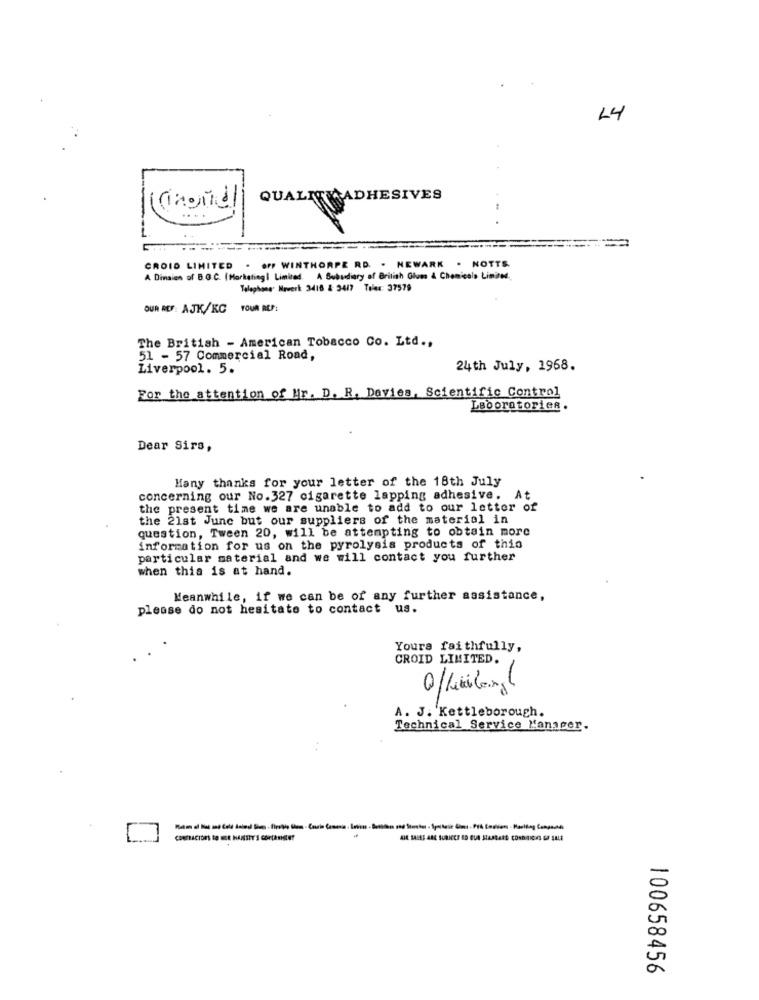
14
QUALITY ADHESIVES
-
OFF WINTHORPE RD. . NEWARK . NOTTS.
CROID LIMITED .
A Dinaien of B.G.C. (Marketing| Limited, A Subsidiary of British Glum & Chemicals Limited.
Telephone. Haverk 3418 & 3417 Tolex: 37579
OUR REF: AJK/KG TOUR REF:
The British - American Tobacco Co. Ltd .,
51 - 57 Commercial Road,
Liverpool. 5.
24th July, 1968.
For the attention of Mr. D. R. Davies, Scientific Control
Leooratorien.
Dear Sirs,
Many thanks for your letter of the 18th July
concerning our No.327 cigarette lapping adhesive.
At
the present time we are unable to add to our letter of
the 21st June but our suppliers of the material in
question, Tween 20, will be attempting to obtain more
information for us on the pyrolysis products of this
particular material and we will contact you further
when this is at hand.
Meanwhile, if we can be of any further assistance,
please do not hesitate to contact us.
Yours faithfully,
CROID LIMITED.
A. J. Kettleborough.
Technical Service Manager.
100658456